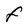
Character: f